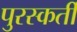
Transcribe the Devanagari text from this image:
पुरस्कर्ती